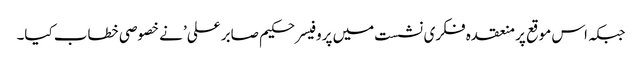
جبکہ اس موقع پر منعقدہ فکری نشست میں پروفیسر حکیم صابر علی’ نے خصوصی خطاب کیا۔